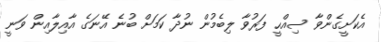
އެކަށީގެންވާ ސިއްހީ ފަރުވާ ލިބެމުން ނުދާ ކަމަށް ބުނެ އޭނަގެ އާއިލާއިން ވަނީ